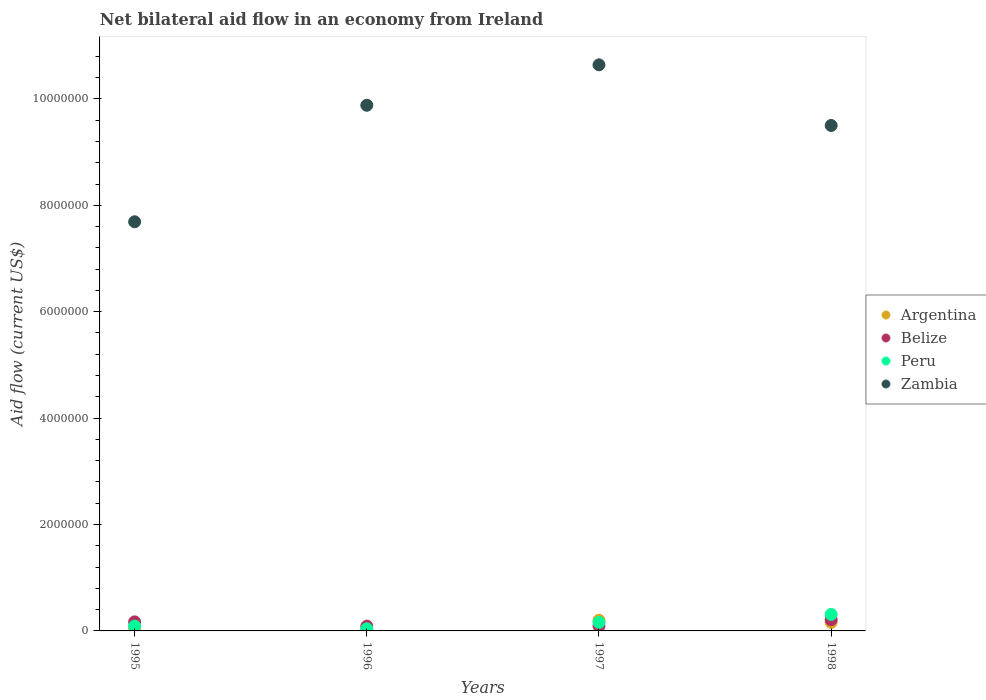
| Years | Argentina | Belize | Peru | Zambia |
 | --- | --- | --- | --- | --- |
 | 1995 | 4e+04 | 1.7e+05 | 9e+04 | 7.69e+06 |
 | 1996 | 2e+04 | 9e+04 | 4e+04 | 9.88e+06 |
 | 1997 | 2e+05 | 9e+04 | 1.6e+05 | 1.06e+07 |
 | 1998 | 1.6e+05 | 2.1e+05 | 3.1e+05 | 9.5e+06 |